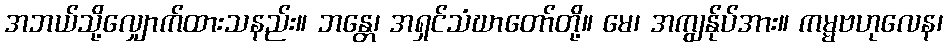
အဘယ်သို့လျှောက်ထားသနည်း။ ဘန္တေ၊ အရှင်သံဃာတော်တို့။ မေ၊ အကျွန်ုပ်အား။ ကမ္မဗဟုလေန၊